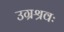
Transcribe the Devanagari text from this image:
उग्रश्रवः